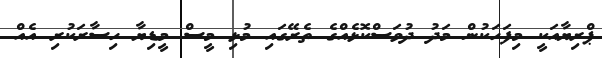
ޕްރިޔާއަކީ މިފަހަކުން މަދު ދުވަސްކޮޅެއްގެ ތެރޭގައި މުޅި މީސް މީީޑިޔާ ހިސާރަކުރި އެއް